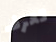
تعرف